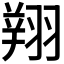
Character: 𦑒